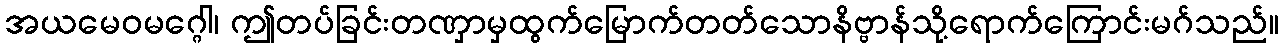
အယမေဝမဂ္ဂေါ၊ ဤတပ်ခြင်းတဏှာမှထွက်မြောက်တတ်သောနိဗ္ဗာန်သို့ရောက်ကြောင်းမဂ်သည်။